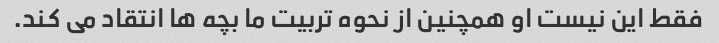
فقط این نیست او همچنین از نحوه تربیت ما بچه ها انتقاد می کند.